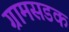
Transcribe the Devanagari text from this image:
ग्रामसडक